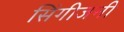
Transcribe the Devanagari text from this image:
सिंगीजनी